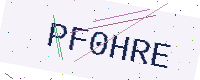
Text: PF0HRE